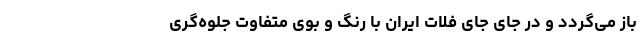
باز می‌گردد و در جای جای فلات ایران با رنگ و بوی متفاوت جلوه‌گری